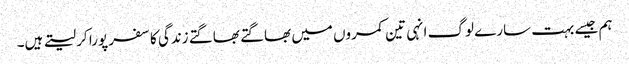
ہم جیسے بہت سارے لوگ انہی تین کمروں میں بھاگتے بھاگتے زندگی کا سفر پورا کر لیتے ہیں۔